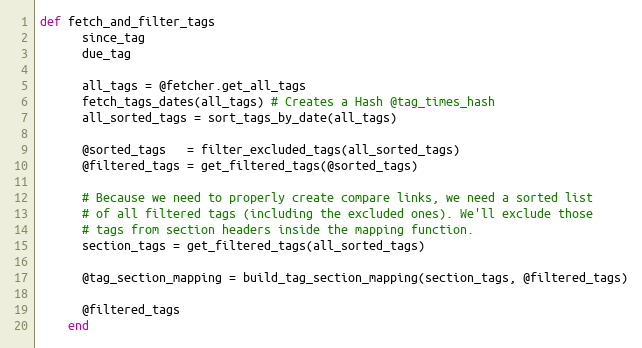
Language: Ruby
def fetch_and_filter_tags
      since_tag
      due_tag

      all_tags = @fetcher.get_all_tags
      fetch_tags_dates(all_tags) # Creates a Hash @tag_times_hash
      all_sorted_tags = sort_tags_by_date(all_tags)

      @sorted_tags   = filter_excluded_tags(all_sorted_tags)
      @filtered_tags = get_filtered_tags(@sorted_tags)

      # Because we need to properly create compare links, we need a sorted list
      # of all filtered tags (including the excluded ones). We'll exclude those
      # tags from section headers inside the mapping function.
      section_tags = get_filtered_tags(all_sorted_tags)

      @tag_section_mapping = build_tag_section_mapping(section_tags, @filtered_tags)

      @filtered_tags
    end